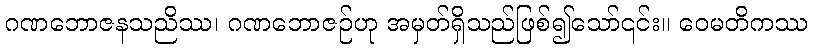
ဂဏဘောဇနသညိဿ၊ ဂဏဘောဇဉ်ဟု အမှတ်ရှိသည်ဖြစ်၍သော်၎င်း။ ဝေမတိကဿ